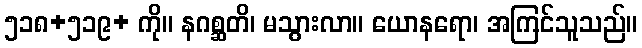
၅၁၈+၅၁၉+ ကို။ နဂစ္ဆတိ၊ မသွားလာ။ ယောနရော၊ အကြင်သူသည်။